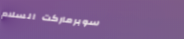
سوبرماركت السلام